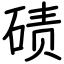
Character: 碛